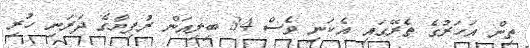
ތިން އަހަރުގެ ތެރޭގައި އެކަނި ވެސް 34 ބިލިއަން ރުފިޔާގެ ދަރަނި ހުރި